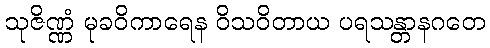
သုဇိဏ္ဏံ မုခဝိကာရေန ဝိသဝိတာယ ပရသန္တာနဂတေ